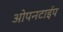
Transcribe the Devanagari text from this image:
ओपनटाईप